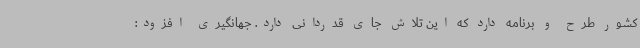
کشور طرح و برنامه دارد که این تلاش جای قدردانی دارد. جهانگیری افزود: